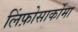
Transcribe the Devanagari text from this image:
लिंफ़ोसार्कोमा